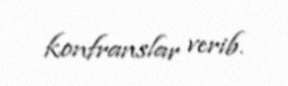
konfranslar verib.